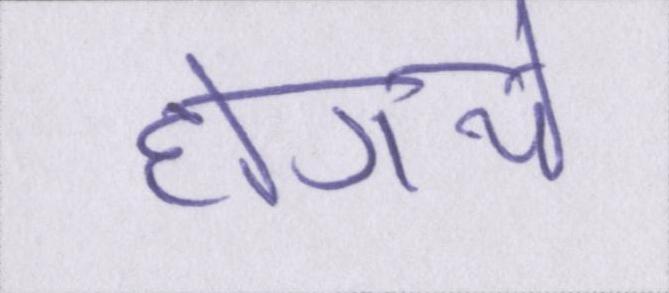
होगये